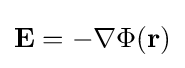
\mathbf {E} =-\nabla \Phi (\mathbf {r} )